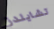
تشايلدز